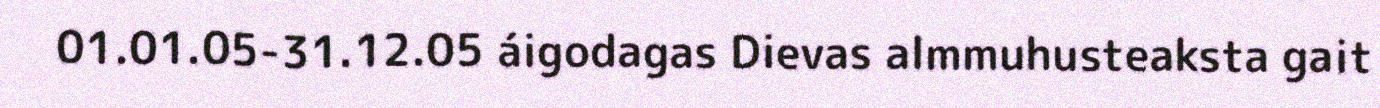
01.01.05-31.12.05 áigodagas Dievas almmuhusteaksta gait